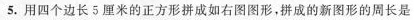
5.用四个边长5厘米的正方形拼成如右图图形，拼成的新图形的周长是